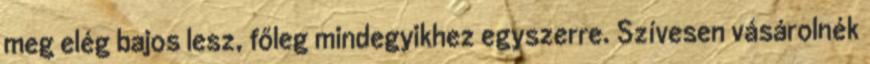
meg elég bajos lesz, főleg mindegyikhez egyszerre. Szívesen vásárolnék